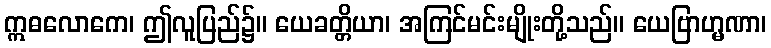
ဣဓလောကေ၊ ဤလူပြည်၌။ ယေခတ္တိယာ၊ အကြင်မင်းမျိုးတို့သည်။ ယေဗြာဟ္မဏာ၊